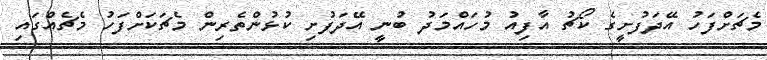
މެޗަށްފަހު އޭދަފުށީގެ ކޯޗު އާފިއު މުހައްމަދު ބުނީ އޭދަފުށި ކުޅުންތެރިން މެޗަކަށްފަހު މެޗެއްގައި